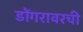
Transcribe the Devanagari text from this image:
डोंगरावरची